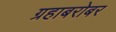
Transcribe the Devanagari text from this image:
ग्रहाबरोबर